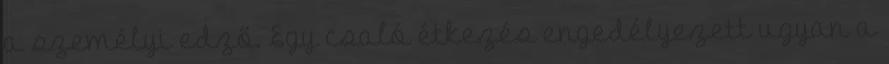
a személyi edző. Egy csaló étkezés engedélyezett ugyan a